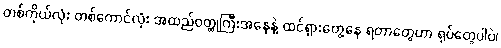
တစ်ကိုယ်လုံး တစ်ကောင်လုံး အထည်ဝတ္ထုကြီးအနေနဲ့ ထင်ရှားတွေ့နေ ရတာတွေဟာ ရုပ်တွေပါပဲ၊